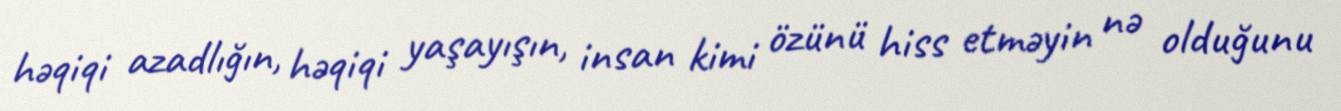
həqiqi azadlığın, həqiqi yaşayışın, insan kimi özünü hiss etməyin nə olduğunu